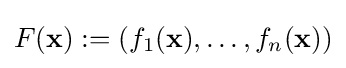
F({\mathbf {x} }):=(f_{1}({\mathbf {x} }),\ldots ,f_{n}({\mathbf {x} }))